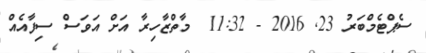
ސެޕްޓެމްބަރު 23